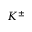
K ^ { \pm }